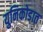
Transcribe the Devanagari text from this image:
युनिकोडात